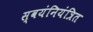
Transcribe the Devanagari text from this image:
स्वयंनियंत्रित